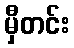
မှီတင်း